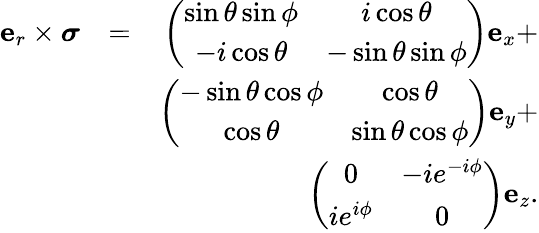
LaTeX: \begin{array}{rlr}{\mathbf{e}_{r}\times\boldsymbol\sigma}&{=}&{\left(\begin{array}{cc}{\sin\theta\sin\phi}&{i\cos\theta}\\ {-i\cos\theta}&{-\sin\theta\sin\phi}\end{array}\right)\mathbf{e}_{x}+}\\ &{}&{\left(\begin{array}{cc}{-\sin\theta\cos\phi}&{\cos\theta}\\ {\cos\theta}&{\sin\theta\cos\phi}\end{array}\right)\mathbf{e}_{y}+}\\ &{}&{\left(\begin{array}{cc}{0}&{-ie^{-i\phi}}\\ {ie^{i\phi}}&{0}\end{array}\right)\mathbf{e}_{z}.}\end{array}